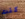
كنت